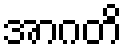
အာဂတိ